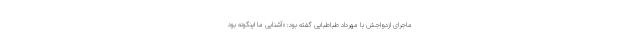
ماجرای ازدواجش با مهرداد طباطبایی گفته بود: «آشنایی ما اینگونه بود